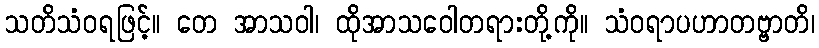
သတိသံဝရဖြင့်။ တေ အာသဝါ၊ ထိုအာသဝေါတရားတို့ကို။ သံဝရာပဟာတဗ္ဗာတိ၊